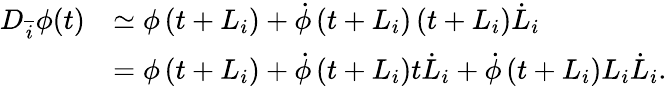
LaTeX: \begin{array}{rl}{{D}_{\overline{{i}}}\phi(t)}&{\simeq\phi\left({t}+{L}_{{i}}\right)+\dot{\phi}\left(t+L_{i}\right)\left(t+L_{i}\right)\dot{L}_{i}}\\ &{=\phi\left({t}+{L}_{{i}}\right)+\dot{\phi}\left(t+L_{i}\right)t\dot{L}_{i}+\dot{\phi}\left(t+L_{i}\right)L_{i}\dot{L}_{i}.}\end{array}